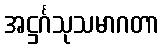
အဋ္ဌင်္ဂသုသမာဂတာ